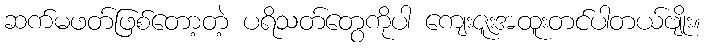
ဆက်မဖတ်ဖြစ်တော့တဲ့ ပရိသတ်တွေကိုပါ ကျေးဇူးအထူးတင်ပါတယ်ဗျိုး။